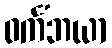
ဝင်္ကံဘယာ